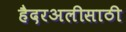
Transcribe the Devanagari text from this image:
हैदरअलीसाठी